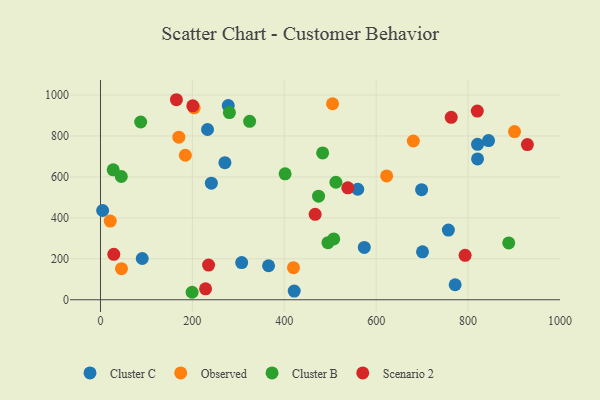
{"axis": {"x": "Engine Size", "y": "Yield"}, "legend": ["Cluster B", "Cluster C", "Observed", "Scenario 2"], "data": [{"x": "278.1", "y": 948.2, "type": "Cluster C"}, {"x": "700.8", "y": 233.9, "type": "Cluster C"}, {"x": "307.3", "y": 181.7, "type": "Cluster C"}, {"x": "771.8", "y": 73.3, "type": "Cluster C"}, {"x": "233.0", "y": 831.6, "type": "Cluster C"}, {"x": "4.7", "y": 436.0, "type": "Cluster C"}, {"x": "820.6", "y": 687.8, "type": "Cluster C"}, {"x": "757.1", "y": 340.4, "type": "Cluster C"}, {"x": "241.3", "y": 569.5, "type": "Cluster C"}, {"x": "90.9", "y": 201.4, "type": "Cluster C"}, {"x": "698.8", "y": 537.5, "type": "Cluster C"}, {"x": "270.8", "y": 669.4, "type": "Cluster C"}, {"x": "559.9", "y": 539.6, "type": "Cluster C"}, {"x": "421.6", "y": 42.4, "type": "Cluster C"}, {"x": "365.8", "y": 166.1, "type": "Cluster C"}, {"x": "820.5", "y": 759.1, "type": "Cluster C"}, {"x": "574.1", "y": 255.6, "type": "Cluster C"}, {"x": "844.5", "y": 777.7, "type": "Cluster C"}, {"x": "901.1", "y": 821.4, "type": "Observed"}, {"x": "45.7", "y": 151.8, "type": "Observed"}, {"x": "420.0", "y": 156.6, "type": "Observed"}, {"x": "170.5", "y": 794.0, "type": "Observed"}, {"x": "680.8", "y": 775.3, "type": "Observed"}, {"x": "184.7", "y": 705.7, "type": "Observed"}, {"x": "203.9", "y": 937.6, "type": "Observed"}, {"x": "622.7", "y": 604.9, "type": "Observed"}, {"x": "505.0", "y": 957.3, "type": "Observed"}, {"x": "21.3", "y": 384.3, "type": "Observed"}, {"x": "512.3", "y": 573.9, "type": "Cluster B"}, {"x": "888.4", "y": 277.5, "type": "Cluster B"}, {"x": "401.8", "y": 614.9, "type": "Cluster B"}, {"x": "27.7", "y": 634.4, "type": "Cluster B"}, {"x": "474.6", "y": 505.8, "type": "Cluster B"}, {"x": "199.4", "y": 36.5, "type": "Cluster B"}, {"x": "45.3", "y": 601.9, "type": "Cluster B"}, {"x": "87.5", "y": 868.1, "type": "Cluster B"}, {"x": "324.6", "y": 871.5, "type": "Cluster B"}, {"x": "280.6", "y": 914.0, "type": "Cluster B"}, {"x": "483.5", "y": 717.0, "type": "Cluster B"}, {"x": "495.0", "y": 278.8, "type": "Cluster B"}, {"x": "507.6", "y": 297.3, "type": "Cluster B"}, {"x": "467.2", "y": 417.3, "type": "Scenario 2"}, {"x": "763.3", "y": 891.1, "type": "Scenario 2"}, {"x": "200.9", "y": 947.3, "type": "Scenario 2"}, {"x": "29.0", "y": 221.9, "type": "Scenario 2"}, {"x": "793.5", "y": 216.9, "type": "Scenario 2"}, {"x": "538.2", "y": 546.6, "type": "Scenario 2"}, {"x": "929.0", "y": 757.8, "type": "Scenario 2"}, {"x": "165.3", "y": 977.0, "type": "Scenario 2"}, {"x": "820.0", "y": 921.8, "type": "Scenario 2"}, {"x": "228.7", "y": 53.5, "type": "Scenario 2"}, {"x": "235.3", "y": 169.3, "type": "Scenario 2"}]}